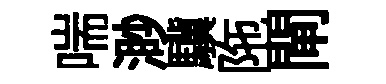
喘渺驥陁閘